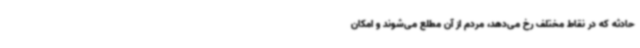
حادثه که در نقاط مختلف رخ می‌دهد، مردم از آن مطلع می‌شوند و امکان